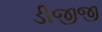
ડીજીજી